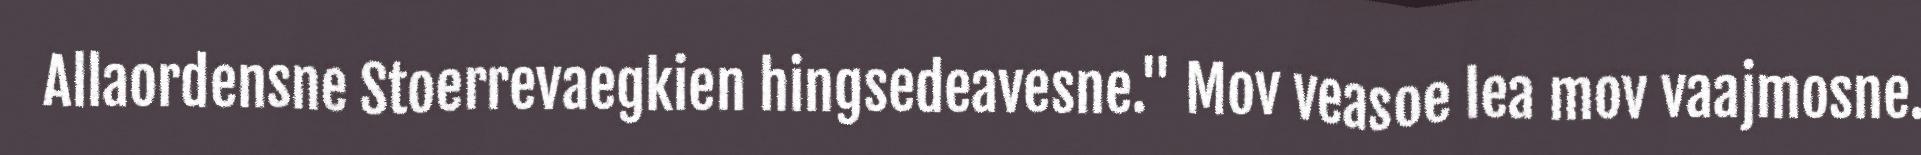
Allaordensne Stoerrevaegkien hingsedeavesne." Mov veasoe lea mov vaajmosne.